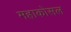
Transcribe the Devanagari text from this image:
महाकोसल